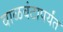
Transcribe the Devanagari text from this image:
वाळवंटापर्यंत